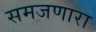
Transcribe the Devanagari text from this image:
समजणारा